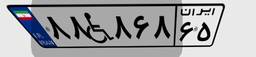
۸۸W۸۶۸۶۵